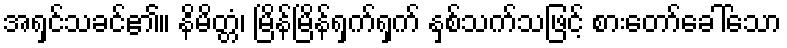
အရှင်သခင်၏။ နိမိတ္တံ၊ မြိန်မြိန်ရှက်ရှက် နှစ်သက်သဖြင့် စားတော်ခေါ်သော